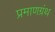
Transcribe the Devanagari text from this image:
प्रमाणग्रंथ